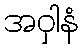
အဝှါနံ